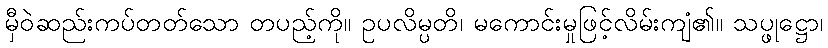
မှီဝဲဆည်းကပ်တတ်သော တပည့်ကို။ ဥပလိမ္ပတိ၊ မကောင်းမှုဖြင့်လိမ်းကျံ၏။ သပ္ဖုဋ္ဌော၊